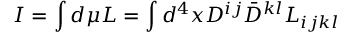
I = \int d \mu { \cal L } = \int d ^ { 4 } x D ^ { i j } \bar { D } ^ { k l } L _ { i j k l }